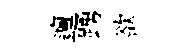
邅踴欲